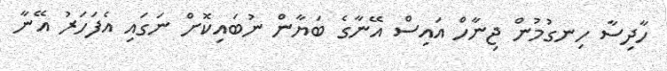
ހާދިސާ ހިނގުމުން ޖިނާހް އައިސް އޭނާގެ ބަޔާން ނުބައިކޮށް ނަގައި އެފަހަރު އޭނާ